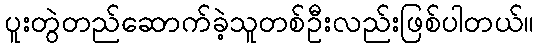
ပူးတွဲတည်ဆောက်ခဲ့သူတစ်ဦးလည်းဖြစ်ပါတယ်။